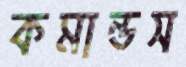
কমান্ডস